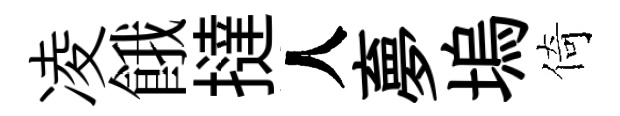
凌餓撻人夣塢倚